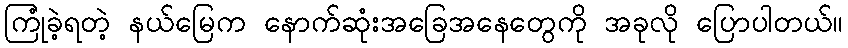
ကြုံခဲ့ရတဲ့ နယ်မြေက နောက်ဆုံးအခြေအနေတွေကို အခုလို ပြောပါတယ်။